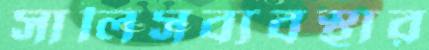
সালিসব্যবস্থার